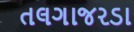
તલગાજરડા